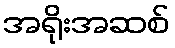
အရိုးအဆစ်